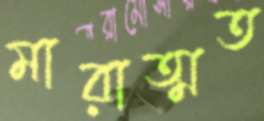
মারাত্মত